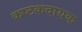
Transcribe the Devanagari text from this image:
कष्टकदायक